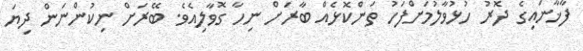
ފާޚާނައިގެ ދޮރު ހުޅުވާލުމަށްފަހު ތަންކޮޅެއް ބާރަށް ނިހާ ގޮވާލިއެވެ. ބޭރަށް ނިކުންނަން ދިޔަ